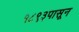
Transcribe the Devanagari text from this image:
१८९३पासून